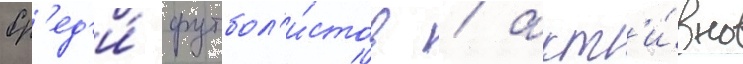
Ср'ед'и́ футбол'и́стов / акт'и́вно